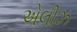
એલીઝ